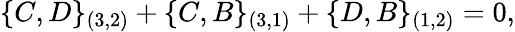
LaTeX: \{ C,D\} _{(3,2)}+\{ C,B\} _{(3,1)}+\{ D,B\} _{(1,2)}=0,